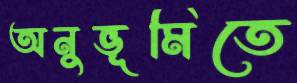
অনুভূমিতে